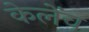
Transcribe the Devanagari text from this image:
केलेंच